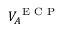
V _ { A } ^ { \mathrm { ~ E ~ C ~ P ~ } }